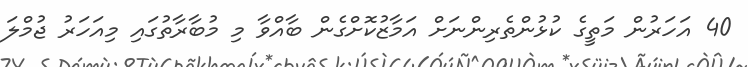
40 އަހަރުން މަތީގެ ކުޅުންތެރިންނަށް އަމާޒުކޮށްގެން ބާއްވާ މި މުބާރާތުގައި މިއަހަރު ޖުމްލަ